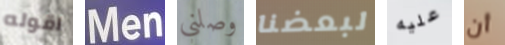
اقوله Men وصلني لبعضنا عليه أن